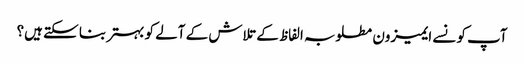
آپ کونسے ایمیزون مطلوبہ الفاظ کے تلاش کے آلے کو بہتر بنا سکتے ہیں؟